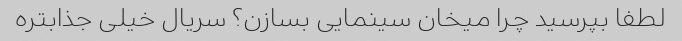
لطفا بپرسید چرا میخان سینمایی بسازن؟ سریال خیلی جذابتره